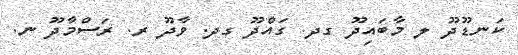
ކަނޑޫދޫ ލ މާބައިދޫ ގދ. ގައްދޫ ގދ. ވާދޫ ރ. ރަސްމާދޫ ނ.